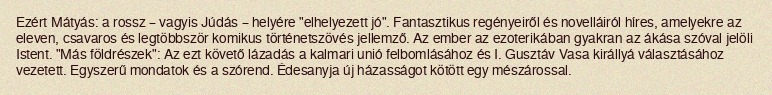
Ezért Mátyás: a rossz – vagyis Júdás – helyére "elhelyezett jó". Fantasztikus regényeiről és novelláiról híres, amelyekre az eleven, csavaros és legtöbbször komikus történetszövés jellemző. Az ember az ezoterikában gyakran az ákása szóval jelöli Istent. "Más földrészek": Az ezt követő lázadás a kalmari unió felbomlásához és I. Gusztáv Vasa királlyá választásához vezetett. Egyszerű mondatok és a szórend. Édesanyja új házasságot kötött egy mészárossal.